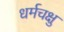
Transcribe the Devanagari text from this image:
धर्मचक्षु